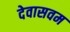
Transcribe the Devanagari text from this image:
देवासवम